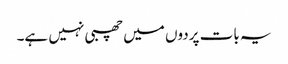
یہ بات پردوں میں چھبی نہیں ہے۔